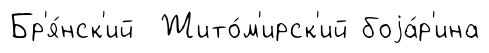
Бр'я́нск'ий Жито́м'ирск'ий боjа́р'ина